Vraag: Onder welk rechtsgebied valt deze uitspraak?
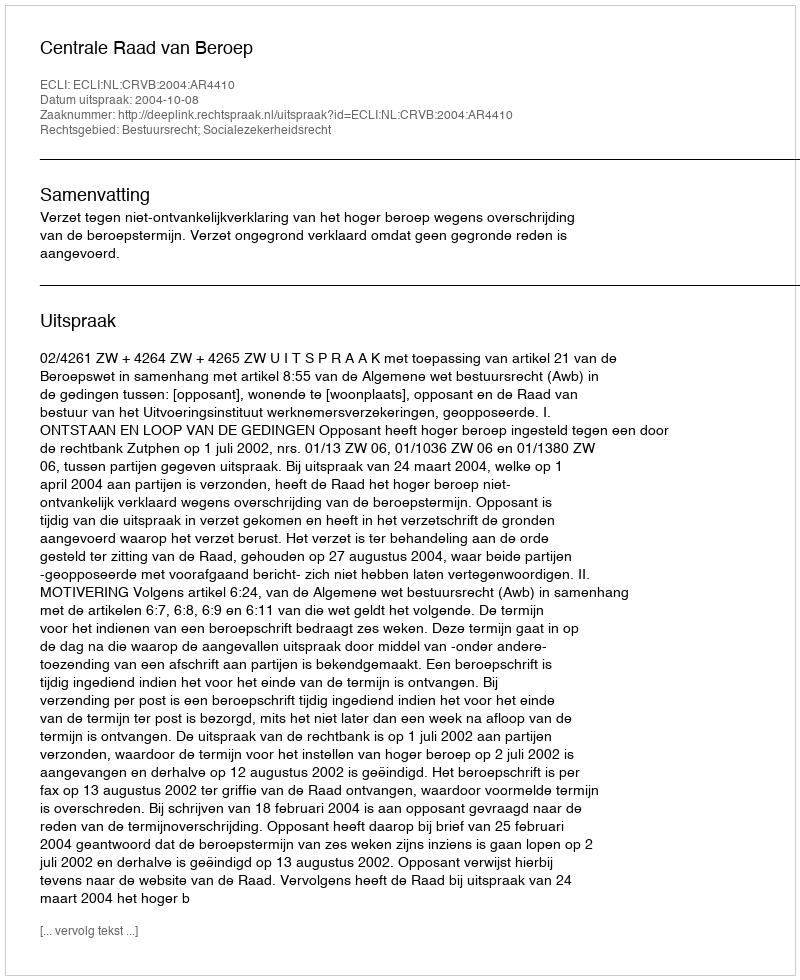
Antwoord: Bestuursrecht; Socialezekerheidsrecht